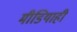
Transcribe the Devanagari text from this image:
मीडियाही